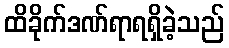
ထိခိုက်ဒဏ်ရာရရှိခဲ့သည်